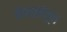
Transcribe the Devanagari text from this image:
नेपाळांतून